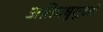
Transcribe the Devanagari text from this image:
अतिमधुसुदती